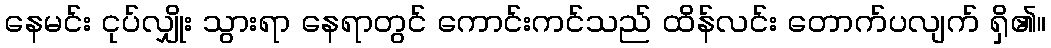
နေမင်း ငုပ်လျှိုး သွားရာ နေရာတွင် ကောင်းကင်သည် ထိန်လင်း တောက်ပလျက် ရှိ၏။